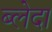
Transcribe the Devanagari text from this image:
ब्लेदा